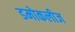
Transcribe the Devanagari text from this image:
डमोकलीज